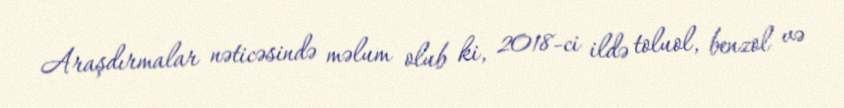
Araşdırmalar nəticəsində məlum olub ki, 2018-ci ildə toluol, benzol və